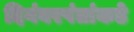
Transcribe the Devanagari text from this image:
दिगंबरपंतांकडे